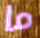
ما